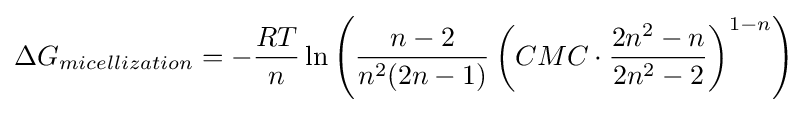
\Delta G_{micellization}=-{\frac {RT}{n}}\ln \left({\frac {n-2}{n^{2}(2n-1)}}\left(CMC\cdot {\frac {2n^{2}-n}{2n^{2}-2}}\right)^{1-n}\right)